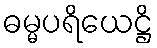
ဓမ္မပရိယေဋ္ဌိ